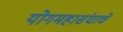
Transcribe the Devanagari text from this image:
योगमहासंघाचे